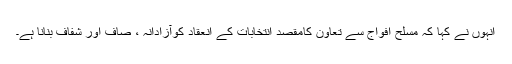
انہوں نے کہا کہ مسلح افواج سے تعاون کامقصد انتخابات کے انعقاد کوآزادانہ ، صاف اور شفاف بنانا ہے۔